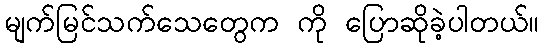
မျက်မြင်သက်သေတွေက ကို ပြောဆိုခဲ့ပါတယ်။